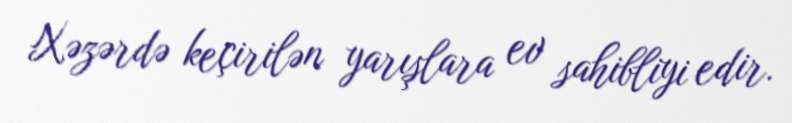
Xəzərdə keçirilən yarışlara ev sahibliyi edir.